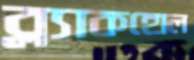
ব্ল্যাকহোল